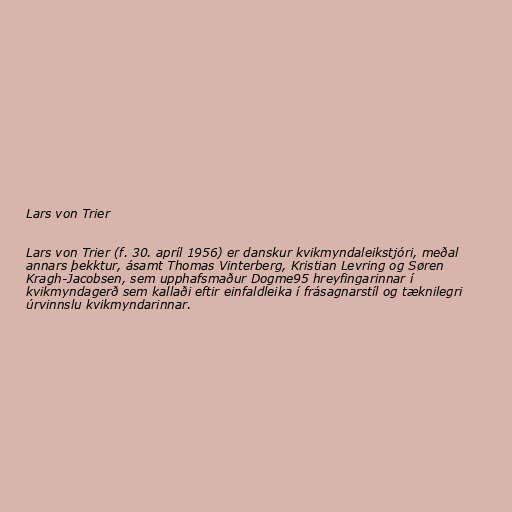
Lars von Trier

Lars von Trier (f. 30. apríl 1956) er danskur kvikmyndaleikstjóri, meðal
annars þekktur, ásamt Thomas Vinterberg, Kristian Levring og Søren
Kragh-Jacobsen, sem upphafsmaður Dogme95 hreyfingarinnar í
kvikmyndagerð sem kallaði eftir einfaldleika í frásagnarstíl og tæknilegri
úrvinnslu kvikmyndarinnar.